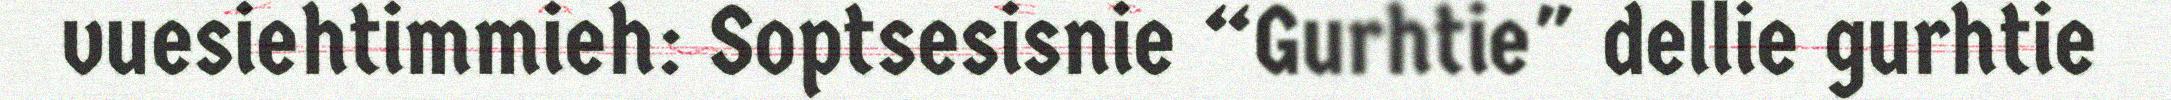
vuesiehtimmieh: Soptsesisnie “Gurhtie" dellie gurhtie